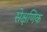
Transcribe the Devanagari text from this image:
सेक्षणिक